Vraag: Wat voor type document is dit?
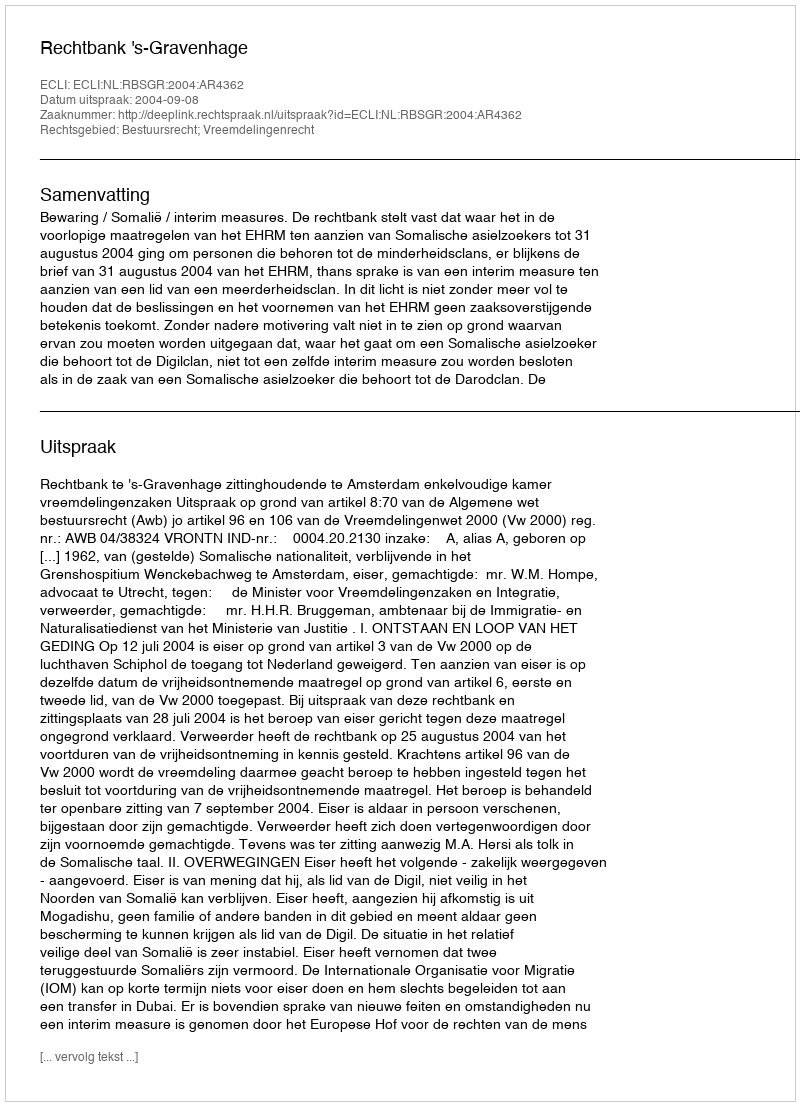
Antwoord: Uitspraak